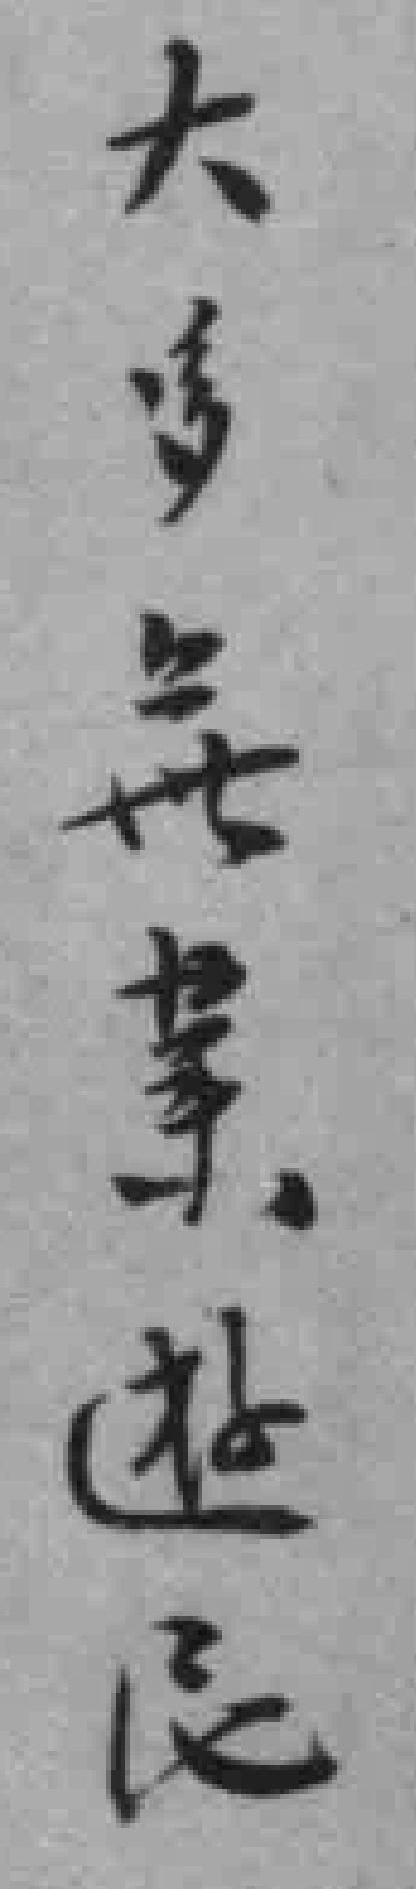
大多無業遊民